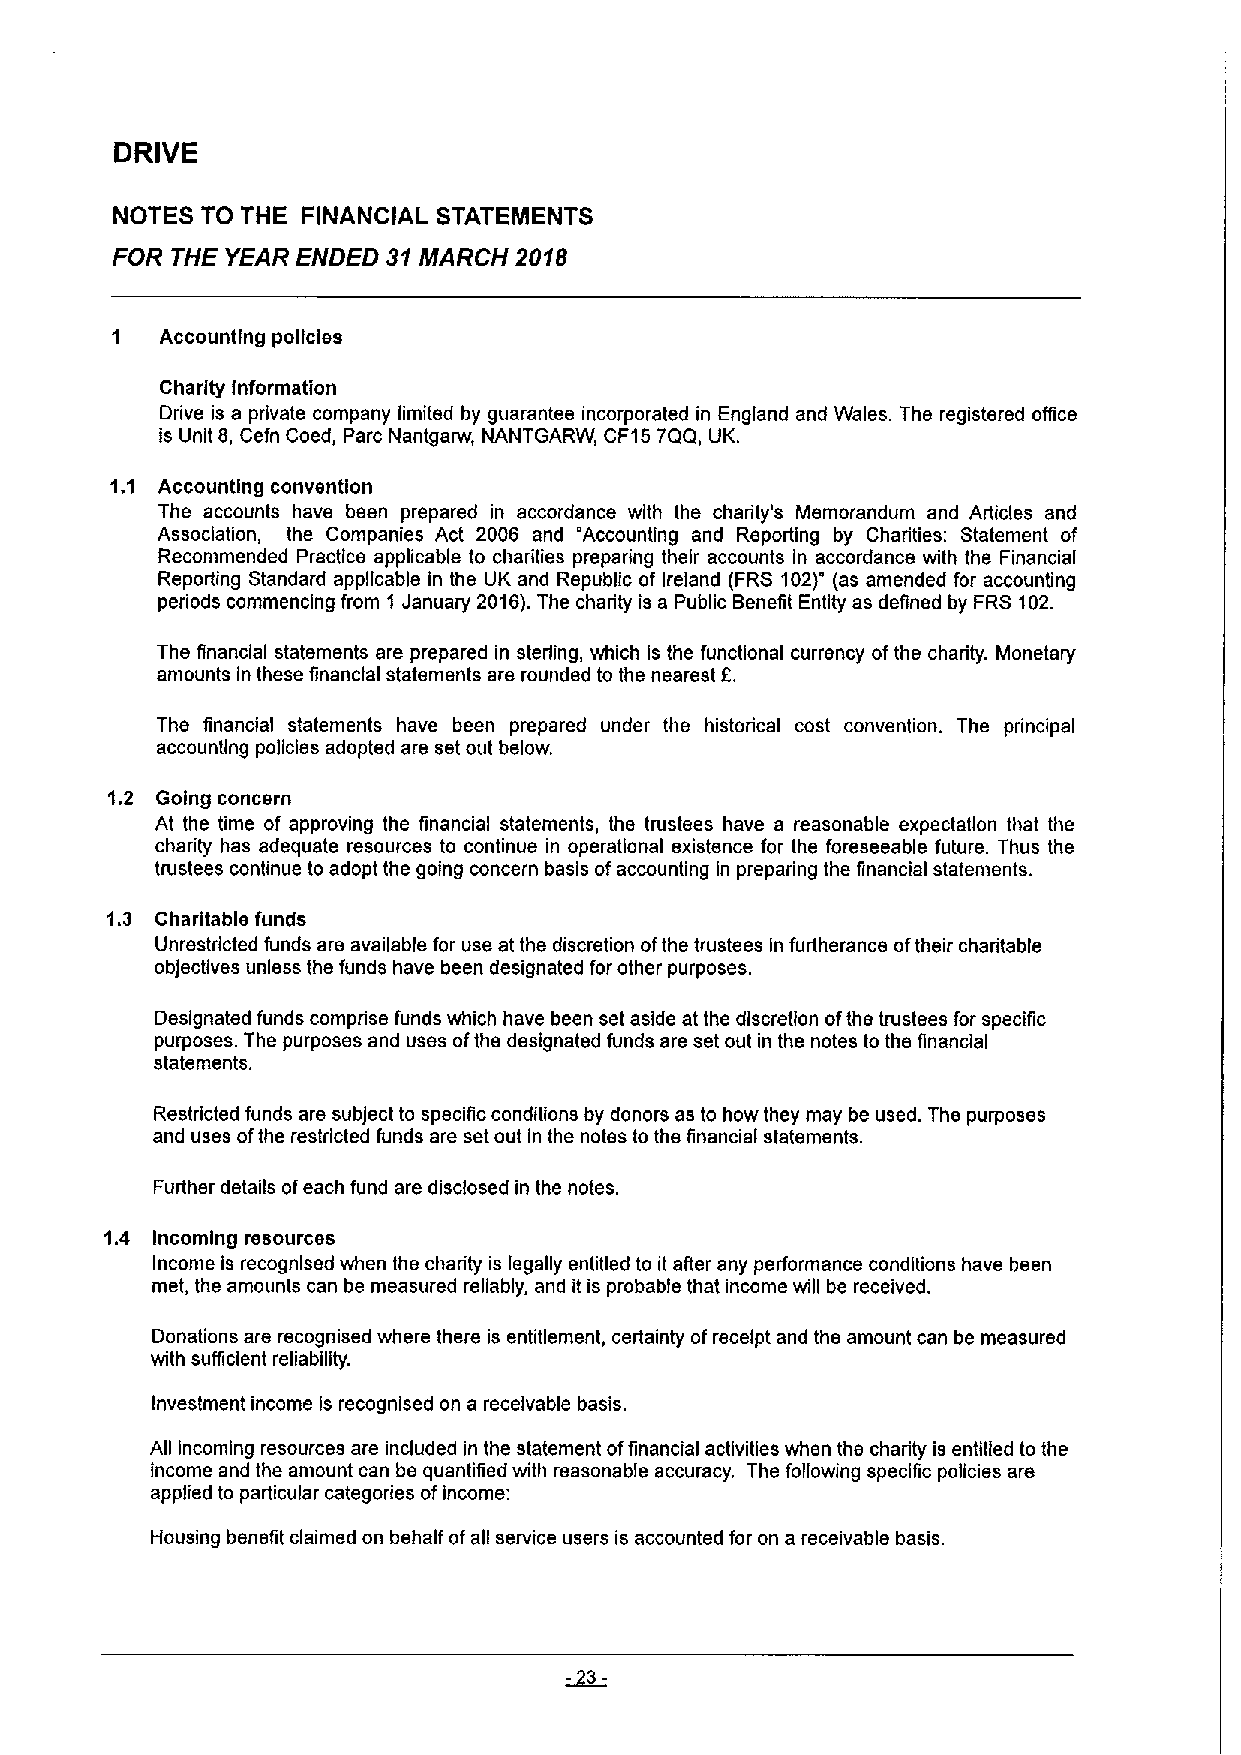
DRIVE
 NOTES TO THE FINANCIAL STATEMENTS
 FOR THE YEAR ENDED 31MARCH 2018
 1   Accounting policies
 Charity Information
 Drive is a private company fimited by guarantee incorporated in England and Wales. The registered office
 is Unit 8, Cefn Coed, Pare Nantgarw, NANTGARW, CF157QQ, UK.
 1. 1 Accounting convention
 The accounts have been prepared in accordance with the charity's Memorandum and Articles and
 Association, the Companies Act 2006 and 'Accounting and Reporting by Charities: Statement of
 Recommended Practice applicable to charities preparing their accounts in accordance with the Financial
 Reporting Standard appficable in the UK and Republic of Ireland (FRS 102)' (as amended for accounting
 periods commencing from 1 January 2016).The charity is a Public Benefit Entity as defined by FRS 102.
 The financial statements are prepared in sterling, which is the functional currency ofthe charity. Monetary
 f.
 amounts in these financial statements are rounded to the nearest
 The financial statements have been prepared under the historical cost convention. The principal
 accounting policies adopted are set out below.
 1.2 Going concern
 At the time of approving the financial statements, the trustees have a reasonable expectatlon that the
 charity has adequate resources to continue in operational existence for the foreseeable future. Thus the
 trustees continue to adopt the going concern basis ofaccounting in preparing the financial statements.
 1.3 Charitable funds
 Unrestricted funds are available for use at the discretion ofthe trustees In furtherance oftheir charitable
 obJectives unless the funds have been designated for other purposes.
 Designated funds comprise funds which have been set aside at the discretion ofthe trustees for specific
 purposes. The purposes and uses ofthe designated funds are set out in the notes to the financial
 statements.
 Restricted funds are subject to specific conditions by donors as to how they may be used. The purposes
 and uses ofthe restricted funds are set out in the notes to the financial statements.
 Further details ofeach fund are disclosed in the notes.
 1.4 Incoming resources
 Income is recognised when the charity is legally entitled to it after any performance conditions have been
 met, the amounts can be measured reliably, and it is probable that income will be received.
 Donations are recognised where there is entitlement, certainty ofreceipt and the amount can be measured
 with sufficient reliability.
 Investment income is recognised on a receivable basis.
 All incoming resources are induded in the statement offinancial activities when the charily is entitled to the
 income and the amount can be quantified with reasonable accuracy. The following specific policies are
 applied to particular categories ofincome:
 Housing benefit claimed on behalf ofall service users is accounted for on a receivable basis.